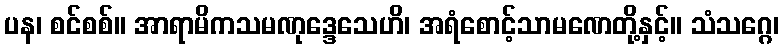
ပန၊ စင်စစ်။ အာရာမိကသမဏုဒ္ဒေသေဟိ၊ အရံစောင့်သာမဏေတို့နှင့်။ သံသဂ္ဂေ၊